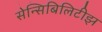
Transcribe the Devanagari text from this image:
सेन्सिबिलिटीझ